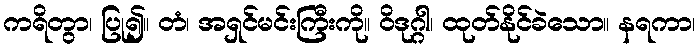
ကရိတွာ၊ ပြု၍။ တံ၊ အရှင်မင်းကြီးကို။ ဝိဒုဂ္ဂါ၊ ထုတ်နိုင်ခဲသော။ နရကာ၊